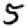
Digit: 5